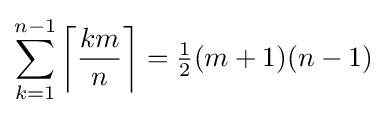
\sum _{k=1}^{n-1}\left\lceil {\frac {km}{n}}\right\rceil ={\tfrac {1}{2}}(m+1)(n-1)